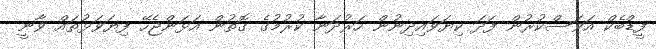
ފީޑްބެކް އަވަސްކުރުން ފަދަ ކިޔަވައިދިނުން ހަރުދަނާ ކުރުމުގެ ގޮތުން އަޅަންޖެހޭ ފިޔަވަޅުތައް ވާނީ